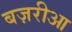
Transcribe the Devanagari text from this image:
बज़रीआ